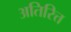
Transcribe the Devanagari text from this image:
अतिरित्त